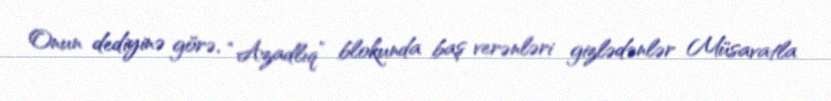
Onun dediyinə görə, “Azadlıq” blokunda baş verənləri gizlədənlər Müsavatla